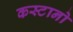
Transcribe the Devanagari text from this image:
कस्टानो